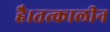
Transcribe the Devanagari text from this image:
है।तत्कालीन